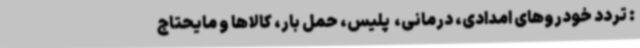
: تردد خودروهای امدادی، درمانی، ‌ پلیس، حمل بار، کالاها و مایحتاج